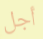
أجل